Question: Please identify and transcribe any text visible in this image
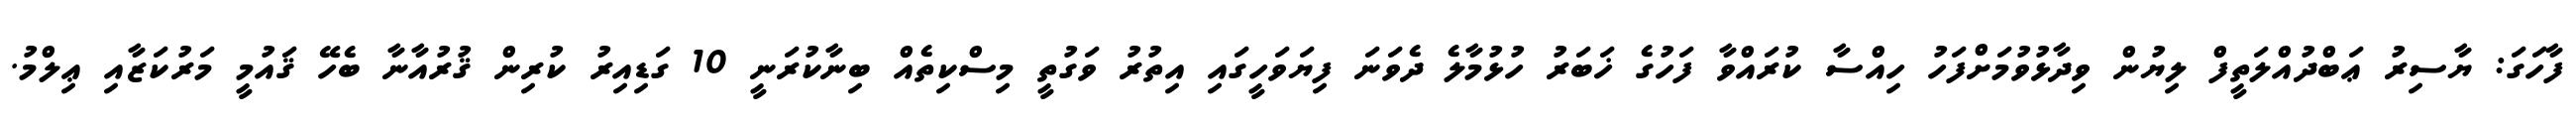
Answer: ފާހަގަ: ޔާސިރު ޢަބްދުއްލަތީފް ލިޔުން ވިދާޅުވުމަށްފަހު ހިއްސާ ކުރައްވާ ފަހުގެ ޚަބަރު ހުޅުމާލެ ދެވަނަ ފިޔަވަހީގައި އިތުރު ވަގުތީ މިސްކިތެއް ބިނާކުރަނީ 10 ގަޑިއިރު ކުރިން ޤުރުއާނާ ބެހޭ ޤައުމީ މަރުކަޒާއި ޢިލްމު.